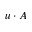
u \cdot A